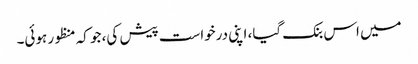
میں اس بنک گیا، اپنی درخواست پیش کی، جو کہ منظور ہوئی۔